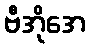
ဗီအိုအေ